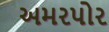
અમરપોર